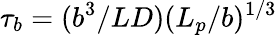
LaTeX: \tau_{b}=(b^{3}/LD)(L_{p}/b)^{1/3}